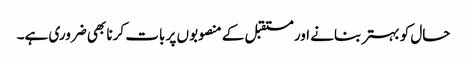
حال کو بہتر بنانے اور مستقبل کے منصوبوں پر بات کرنا بھی ضروری ہے۔